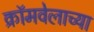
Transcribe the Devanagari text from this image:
क्रॉमवेलाच्या